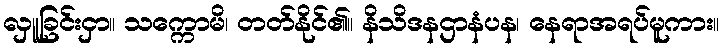
လှူခြင်းငှာ။ သက္ကောမိ၊ တတ်နိုင်၏။ နိသိဒနဌာနံပန၊ နေရာအရပ်မူကား။